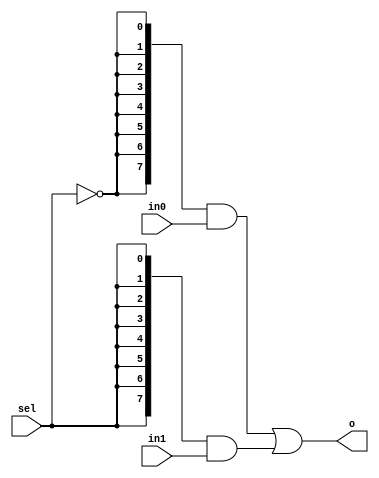
`timescale 1ns / 1ps
//////////////////////////////////////////////////////////////////////////////////
// Company: 
// Engineer: 
// 
// Design Name: 
// Module Name: m2_1x8
// Project Name: 
// Target Devices: 
// Tool Versions: 
// Description: 
// 
// Dependencies: 
// 
// Revision:
// Revision 0.01 - File Created
// Additional Comments:
// 
//////////////////////////////////////////////////////////////////////////////////


module m2_1x8(
    input [7:0] in0,
    input [7:0] in1,
    input sel,
    output [7:0] o
    );
    
    //wires to hold not sel and true select extendd to eight bits
    wire [7:0] not_sel;
    wire [7:0] true_sel;
    
    //assign wire values
    assign not_sel = {8{~sel}};
    assign true_sel = {8{sel}};
    
    //assign output vector
    assign o = (not_sel&in0)|(true_sel&in1);
    
endmodule